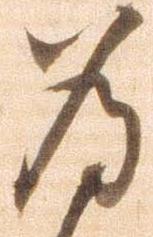
為